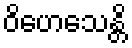
ဝိဟေသေန္တိ